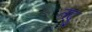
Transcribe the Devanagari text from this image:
तदु